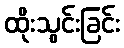
ထိုးသွင်းခြင်း